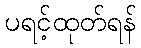
ပရင့်ထုတ်ရန်